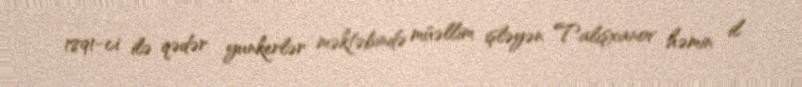
1891-ci ilə qədər yunkerlər məktəbində müəllim işləyən Talışxanov həmin il